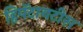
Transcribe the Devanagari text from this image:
हिपॅटायटीस